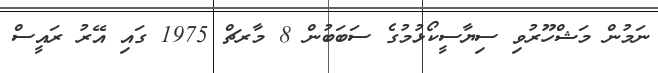
ނަމުން މަޝްހޫރުވި ސިޔާސީކޯޅުމުގެ ސަބަބުން 8 މާރޗް 1975 ގައި އޭރު ރައީސް